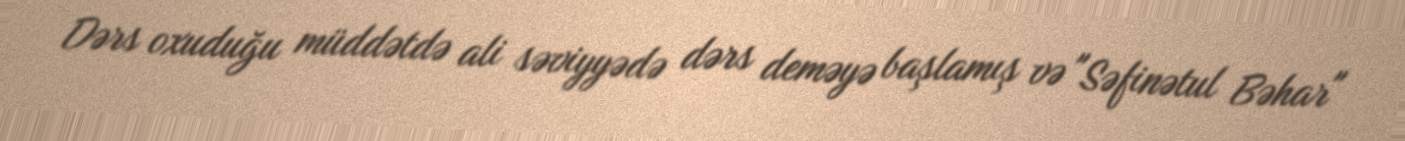
Dərs oxuduğu müddətdə ali səviyyədə dərs deməyə başlamış və "Səfinətul Bəhar"